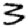
Digit: 3